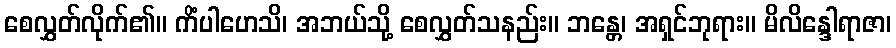
စေလွှတ်လိုက်၏။ ကိံပါဟေသိ၊ အဘယ်သို့ စေလွှတ်သနည်း။ ဘန္တေ၊ အရှင်ဘုရား။ မိလိန္ဒေါရာဇာ၊